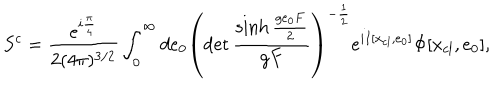
LaTeX: S ^ { c } = \frac { e ^ { i \frac { \pi } { 4 } } } { 2 ( 4 \pi ) ^ { 3 / 2 } } \int _ { 0 } ^ { \infty } d e _ { 0 } \left( \det \frac { \sinh \frac { g e _ { 0 } F } { 2 } } { g F } \right) ^ { - \frac { 1 } { 2 } } e ^ { i I [ x _ { c l } , e _ { 0 } ] } \Phi [ x _ { c l } , e _ { 0 } ] ,